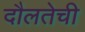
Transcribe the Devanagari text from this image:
दौलतेची